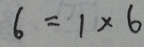
6 = 1 \times 6